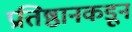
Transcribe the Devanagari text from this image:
प्रतिष्ठानकडून